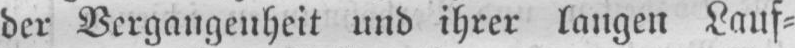
der Vergangenheit und ihrer langen Lauf⸗